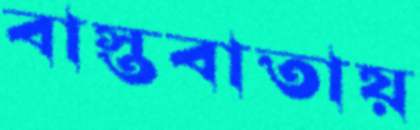
বাস্তবাতায়